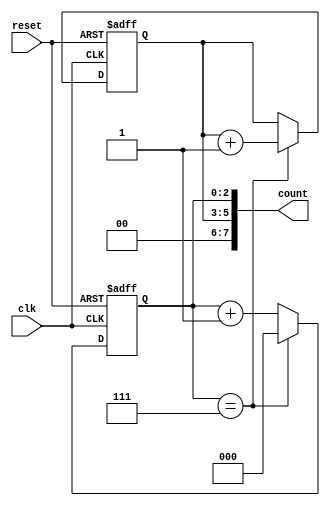
module cascaded_counter (
    input wire clk,      // Clock signal
    input wire reset,    // Reset signal
    output reg [7:0] count  // Combined count output
);

reg [2:0] counter1;
reg [2:0] counter2;

always @(posedge clk or posedge reset) begin
    if (reset) begin
        counter1 <= 3'b000;
        counter2 <= 3'b000;
    end else begin
        if (counter1 == 3'b111) begin
            counter1 <= 3'b000;
            counter2 <= counter2 + 1;
        end else begin
            counter1 <= counter1 + 1;
        end
    end
end

assign count = {counter2, counter1};

endmodule